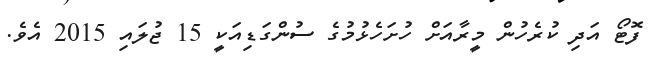
ފޮޓޯ އަދި ކުރެހުން މީރާއަށް ހުށަހެޅުމުގެ ސުންގަޑިއަކީ 15 ޖުލައި 2015 އެވެ.